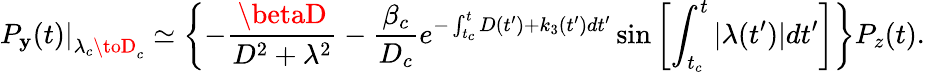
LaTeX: \left.P_{\mathbf{y}}(t)\right|_{\lambda_{c}\toD_{c}}\simeq\left\{ -\frac{{\betaD}}{{D^{2}+\lambda^{2}}}-\frac{{\beta_{c}}}{{D_{c}}}e^{-\int_{t_{c}}^{t}D(t^{\prime})+k_{3}(t^{\prime})dt^{\prime}}\sin\left[\int_{t_{c}}^{t}|\lambda(t^{\prime})|dt^{\prime}\right]\right\} P_{z}(t).